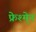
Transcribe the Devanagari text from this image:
फ्रेश्मे्न